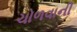
ચોળવાની